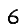
Digit: 6